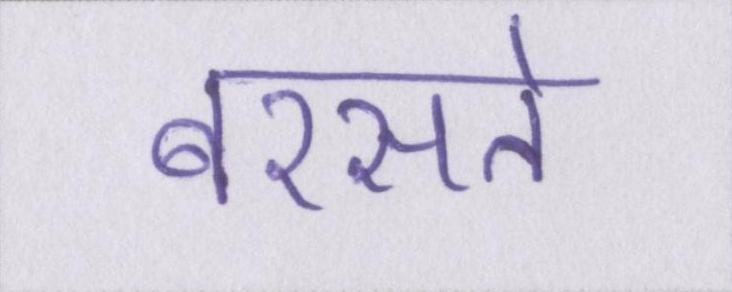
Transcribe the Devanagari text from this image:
बरसते